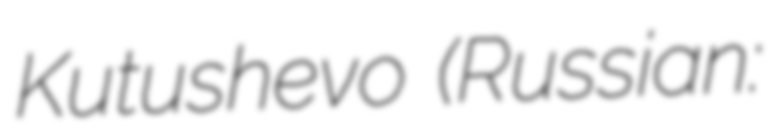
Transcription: Kutushevo (Russian: